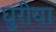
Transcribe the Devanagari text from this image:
घुरीया